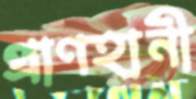
প্রাণহানী